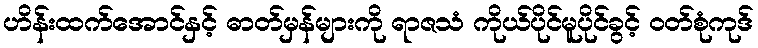
ဟိန်းထက်အောင်နှင့် ဓာတ်မှန်များကို ရာဇသံ ကိုယ်ပိုင်မူပိုင်ခွင့် ဝတ်စုံကုဒ်